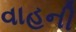
વાહની